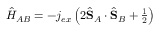
\begin{array} { r } { \hat { H } _ { A B } = - j _ { e x } \left( 2 \hat { \bf S } _ { A } \cdot \hat { \bf S } _ { B } + \frac { 1 } { 2 } \right) } \end{array}